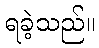
ရခဲ့သည်။